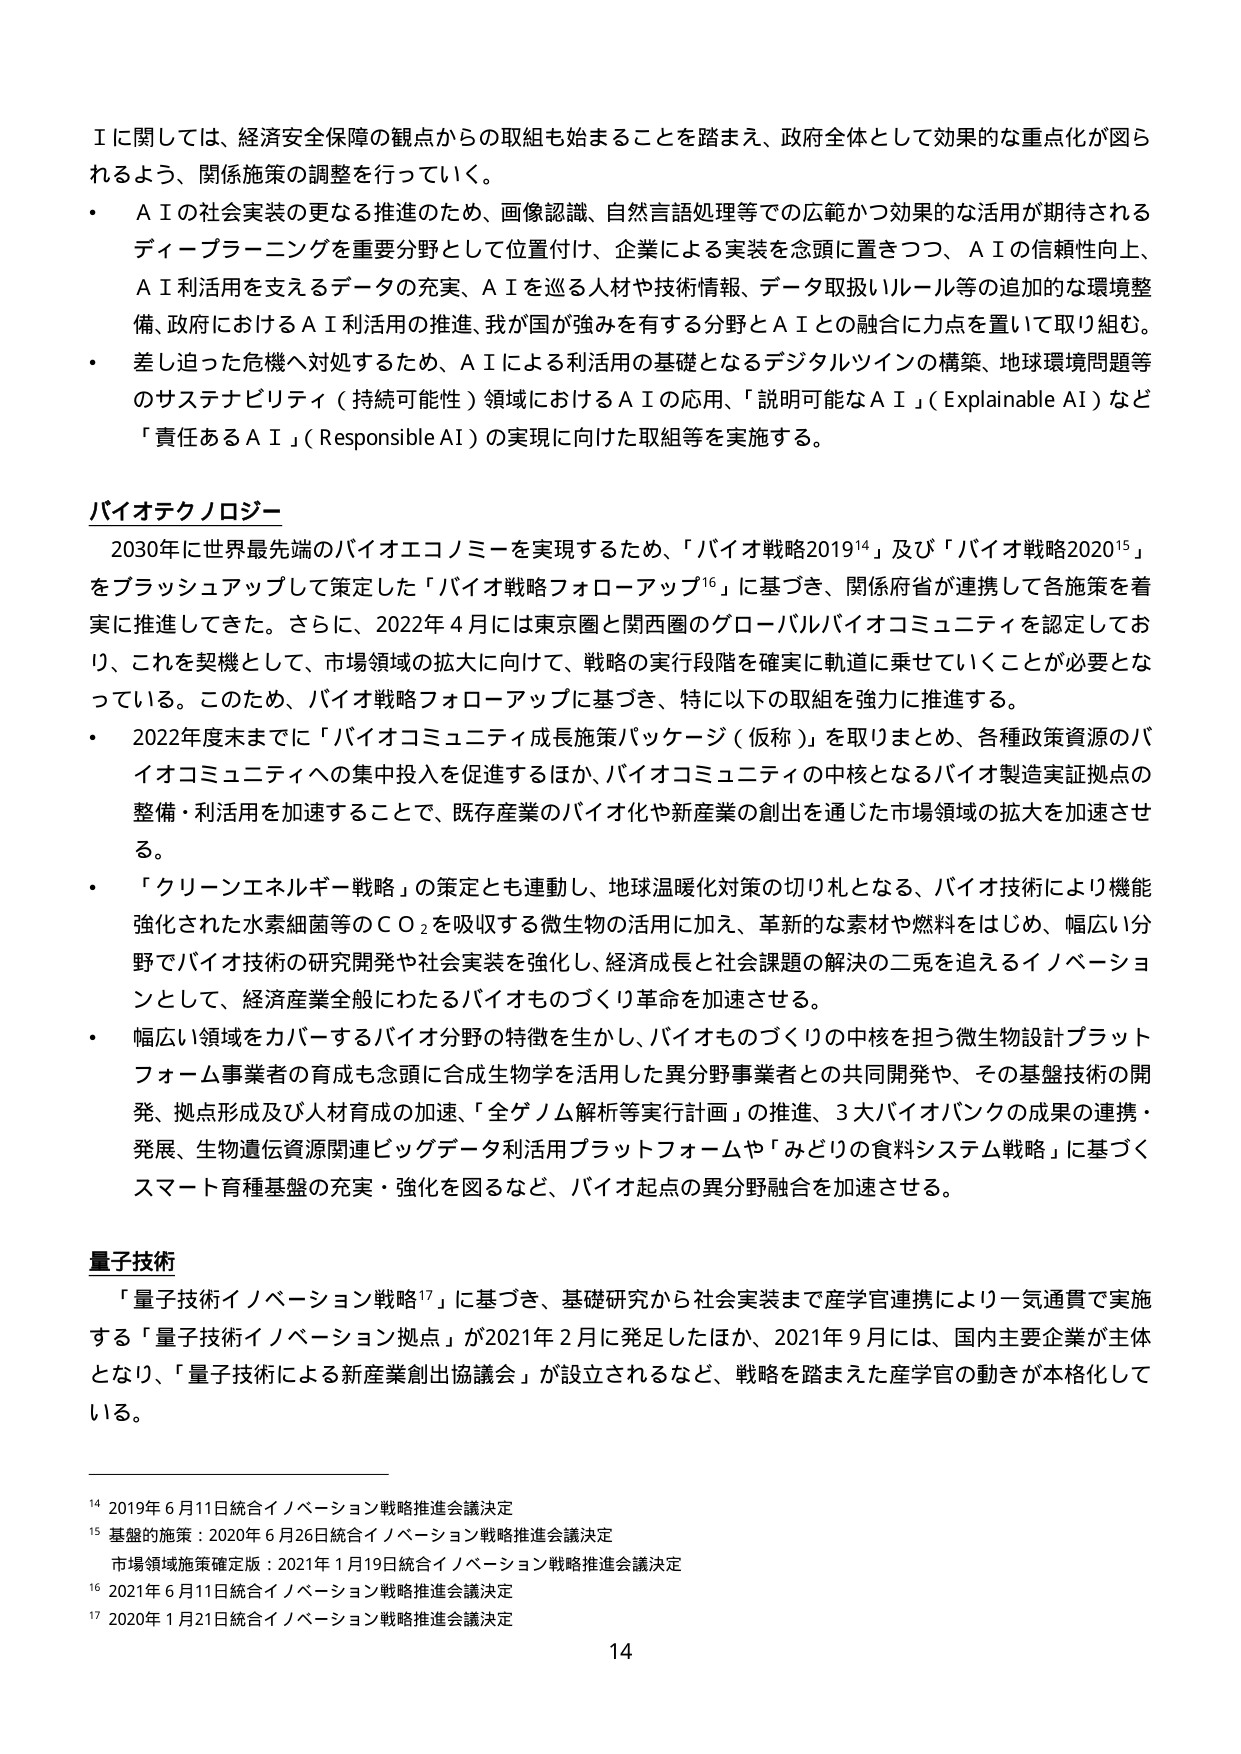
Ｉに関しては、経済安全保障の観点からの取組も始まることを踏まえ、政府全体として効果的な重点化が図られるよう、関係施策の調整を行っていく。

・　ＡＩの社会実装の更なる推進のため、画像認識、自然言語処理等での広範かつ効果的な活用が期待されるディープラーニングを重要分野として位置付け、企業による実装を念頭に置きつつ、ＡＩの信頼性向上、ＡＩ利活用を支えるデータの充実、ＡＩを巡る人材や技術情報、データ取扱いルール等の追加的な環境整備、政府におけるＡＩ利活用の推進、我が国が強みを有する分野とＡＩとの融合に力点を置いて取り組む。

・　差し迫った危機へ対処するため、ＡＩによる利活用の基礎となるデジタルツインの構築、地球環境問題等のサステナビリティ（持続可能性）領域におけるＡＩの応用、「説明可能なＡＩ」（Explainable AI）など「責任あるＡＩ」（Responsible AI）の実現に向けた取組等を実施する。

バイオテクノロジー

　2030年に世界最先端のバイオエコノミーを実現するため、「バイオ戦略2019¹⁴」及び「バイオ戦略2020¹⁵」をブラッシュアップして策定した「バイオ戦略フォローアップ¹⁶」に基づき、関係府省が連携して各施策を着実に推進してきた。さらに、2022年4月には東京圏と関西圏のグローバルバイオコミュニティを認定しており、これを契機として、市場領域の拡大に向けて、戦略の実行段階を確実に軌道に乗せていくことが必要となっている。このため、バイオ戦略フォローアップに基づき、特に以下の取組を強力に推進する。

・　2022年度末までに「バイオコミュニティ成長施策パッケージ（仮称）」を取りまとめ、各種政策資源のバイオコミュニティへの集中投入を促進するほか、バイオコミュニティの中核となるバイオ製造実証拠点の整備・利活用を加速することで、既存産業のバイオ化や新産業の創出を通じた市場領域の拡大を加速させる。

・　「クリーンエネルギー戦略」の策定とも連動し、地球温暖化対策の切り札となる、バイオ技術により機能強化された水素細菌等のＣＯ₂を吸収する微生物の活用に加え、革新的な素材や燃料をはじめ、幅広い分野でバイオ技術の研究開発や社会実装を強化し、経済成長と社会課題の解決の二兎を追えるイノベーションとして、経済産業全般にわたるバイオものづくり革命を加速させる。

・　幅広い領域をカバーするバイオ分野の特徴を生かし、バイオものづくりの中核を担う微生物設計プラットフォーム事業者の育成も念頭に合成生物学を活用した異分野事業者との共同開発や、その基盤技術の開発、拠点形成及び人材育成の加速、「全ゲノム解析等実行計画」の推進、3大バイオバンクの成果の連携・発展、生物遺伝資源関連ビッグデータ利活用プラットフォームや「みどりの食料システム戦略」に基づくスマート育種基盤の充実・強化を図るなど、バイオ起点の異分野融合を加速させる。

量子技術

　「量子技術イノベーション戦略¹⁷」に基づき、基礎研究から社会実装まで産学官連携により一気通貫で実施する「量子技術イノベーション拠点」が2021年2月に発足したほか、2021年9月には、国内主要企業が主体となり、「量子技術による新産業創出協議会」が設立されるなど、戦略を踏まえた産学官の動きが本格化している。

¹⁴ 2019年6月11日統合イノベーション戦略推進会議決定
¹⁵ 基盤的施策：2020年6月26日統合イノベーション戦略推進会議決定
　　市場領域施策確定版：2021年1月19日統合イノベーション戦略推進会議決定
¹⁶ 2021年6月11日統合イノベーション戦略推進会議決定
¹⁷ 2020年1月21日統合イノベーション戦略推進会議決定

14